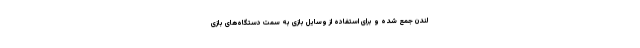
لندن جمع شده و برای استفاده از وسایل بازی به سمت دستگاه‌های بازی